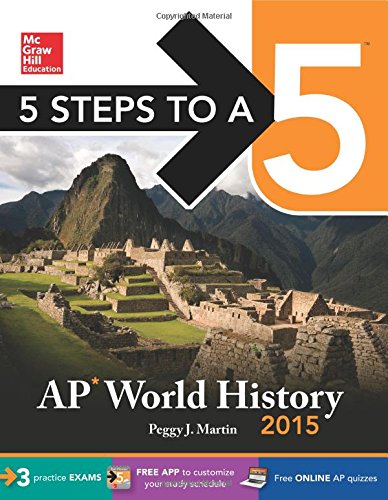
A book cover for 5 Steps to a 5 AP World History, 2015 Edition (5 Steps to a 5 on the Advanced Placement Examinations Series); Peggy Martin; History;